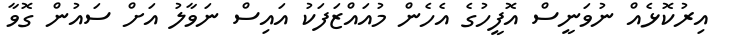
އިރުކޮޅެއް ނުވަނީސް އޮފީހުގެ އެހެން މުއައްޒަފަކު އައިސް ނަވާލު އަށް ސައުން ގޮވާ